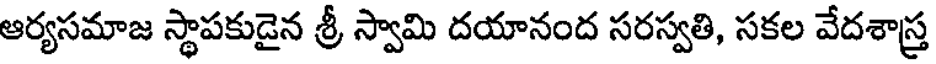
ఆర్యసమాజ స్థాపకుడైన శ్రీ స్వామి దయానంద సరస్వతి, సకల వేదశాస్త్ర